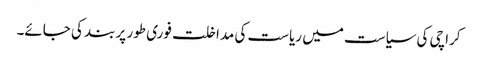
کراچی کی سیاست میں ریاست کی مداخلت فوری طور پر بند کی جائے۔